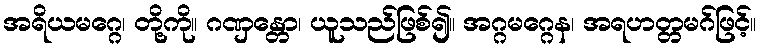
အရိယမဂ္ဂေ၊ တို့ကို။ ဂဏှန္တော၊ ယူသည်ဖြစ်၍။ အဂ္ဂမဂ္ဂေန၊ အရဟတ္တမဂ်ဖြင့်။